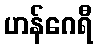
ဟန်ဂေရီ